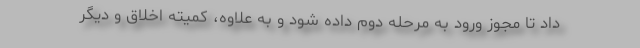
داد تا مجوز ورود به مرحله دوم داده شود و به علاوه، کمیته اخلاق و دیگر